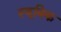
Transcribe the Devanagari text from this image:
स्यूबिक